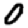
Digit: 0